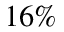
1 6 \%